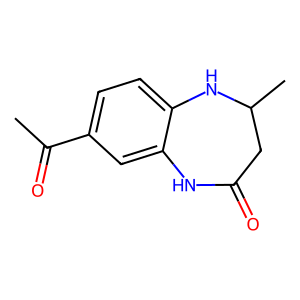
SMILES: CC(=O)c1ccc2c(c1)NC(=O)CC(C)N2
Inhibits HIV replication: No